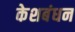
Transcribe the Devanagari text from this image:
केशबंधन